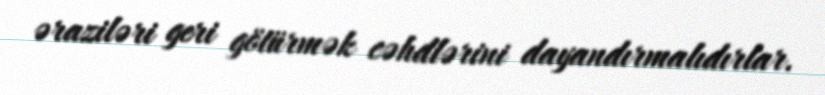
əraziləri geri götürmək cəhdlərini dayandırmalıdırlar.